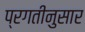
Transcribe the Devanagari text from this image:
प्रगतीनुसार